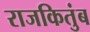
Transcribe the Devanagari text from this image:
राजकितुंब